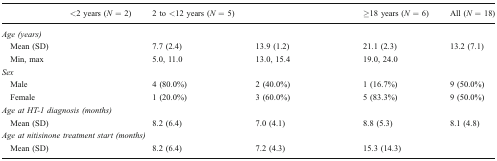
<table><thead><tr><td>[EMPTY_CELL]</td><td><b>&lt;2 years (<i>N</i> = 2)</b></td><td><b>2 to &lt;12 years (<i>N</i> = 5)</b></td><td>[EMPTY_CELL]</td><td><b>≥18 years (<i>N</i> = 6)</b></td><td><b>All (<i>N</i> = 18)</b></td></tr></thead><tbody><tr><td colspan="6"><i>Age (years)</i></td></tr><tr><td> Mean (SD)</td><td>[EMPTY_CELL]</td><td>7.7 (2.4)</td><td>13.9 (1.2)</td><td>21.1 (2.3)</td><td>13.2 (7.1)</td></tr><tr><td> Min, max</td><td>[EMPTY_CELL]</td><td>5.0, 11.0</td><td>13.0, 15.4</td><td>19.0, 24.0</td><td>[EMPTY_CELL]</td></tr><tr><td colspan="6"><i>Sex</i></td></tr><tr><td> Male</td><td>[EMPTY_CELL]</td><td>4 (80.0%)</td><td>2 (40.0%)</td><td>1 (16.7%)</td><td>9 (50.0%)</td></tr><tr><td> Female</td><td>[EMPTY_CELL]</td><td>1 (20.0%)</td><td>3 (60.0%)</td><td>5 (83.3%)</td><td>9 (50.0%)</td></tr><tr><td colspan="6"><i>Age at HT-1 diagnosis (months)</i></td></tr><tr><td> Mean (SD)</td><td>[EMPTY_CELL]</td><td>8.2 (6.4)</td><td>7.0 (4.1)</td><td>8.8 (5.3)</td><td>8.1 (4.8)</td></tr><tr><td colspan="6"><i>Age at nitisinone treatment start (months)</i></td></tr><tr><td> Mean (SD)</td><td>[EMPTY_CELL]</td><td>8.2 (6.4)</td><td>7.2 (4.3)</td><td>15.3 (14.3)</td><td>[EMPTY_CELL]</td></tr></tbody></table>